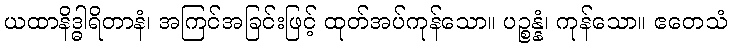
ယထာနိဒ္ဓါရိတာနံ၊ အကြင်အခြင်းဖြင့် ထုတ်အပ်ကုန်သော။ ပဉ္စန္နံ၊ ကုန်သော။ ဧတေသံ